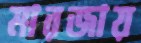
মারজায়